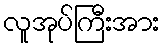
လူအုပ်ကြီးအား